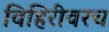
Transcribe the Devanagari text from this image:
विहिरीवरच